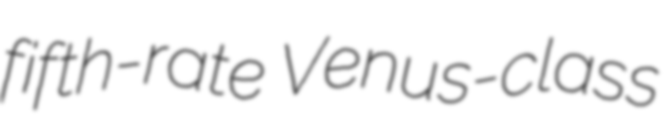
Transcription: fifth-rate  Venus-class